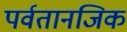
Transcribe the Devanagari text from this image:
पर्वतानजिक